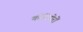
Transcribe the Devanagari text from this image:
कोरिडोरों